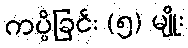
ကပ္ပိခြင်း (၅) မျိုး